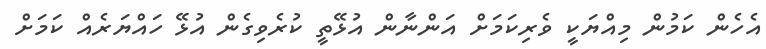
އެހެން ކަމުން މިއްޔަކީ ވެރިކަމަށް އަންނާން އުޅޭތީ ކުރެވިގެން އުޅޭ ހައްޔަރެއް ކަމަށް